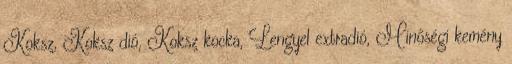
Koksz, Koksz dió, Koksz kocka, Lengyel extradió, Minőségi kemény